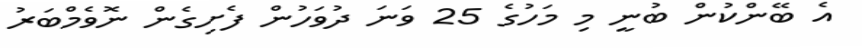
އެ ބޭންކުން ބުނީ މި މަހުގެ 25 ވަނަ ދުވަހުން ފެށިގެން ނޮވެމްބަރު